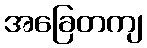
အခြေတကျ